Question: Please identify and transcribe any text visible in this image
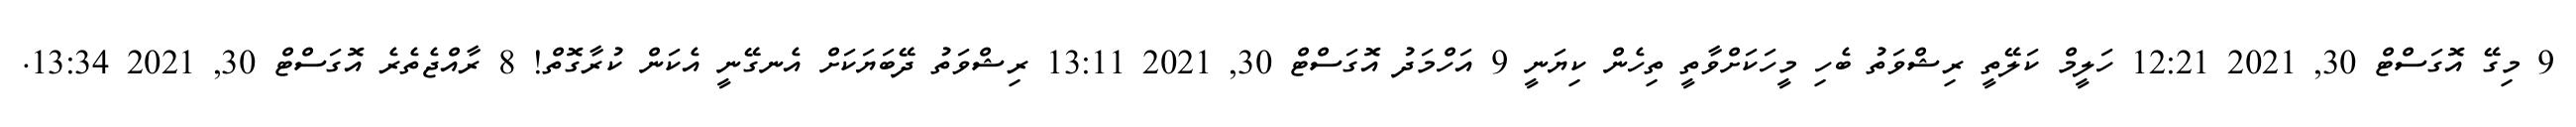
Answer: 9 މިގޭ އޮގަސްޓް 30, 2021 12:21 ހަލީމް ކަލޭތީ ރިޝްވަތު ބެހި މީހަކަށްވާތީ ތިހެން ކިޔަނީ 9 އަހްމަދު އޮގަސްޓް 30, 2021 13:11 ރިޝްވަތު ދޭބަޔަކަށް އެނގޭނީ އެކަން ކުރާގޮތް! 8 ރާއްޖެތެރެ އޮގަސްޓް 30, 2021 13:34.